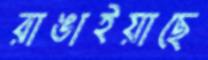
রাঙাইয়াছে